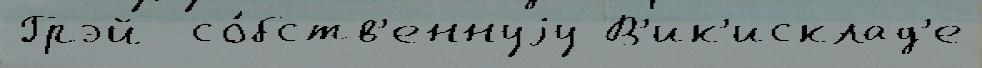
Грэй  со́бств'еннуjу В'ик'исклад'е